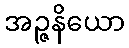
အဉ္ဇနိယော